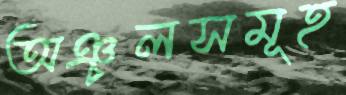
অঞ্চলসমূহ